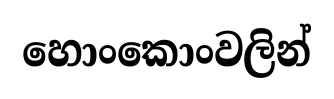
හොංකොංවලින්